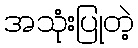
အသုံးပြုတဲ့